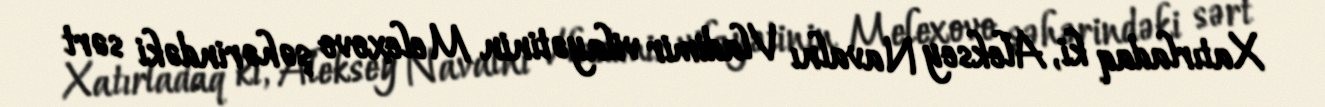
Xatırladaq ki, Aleksey Navalnı Vladimir vilayətinin Melexovo şəhərindəki sərt